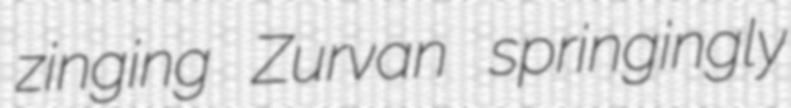
zinging Zurvan springingly